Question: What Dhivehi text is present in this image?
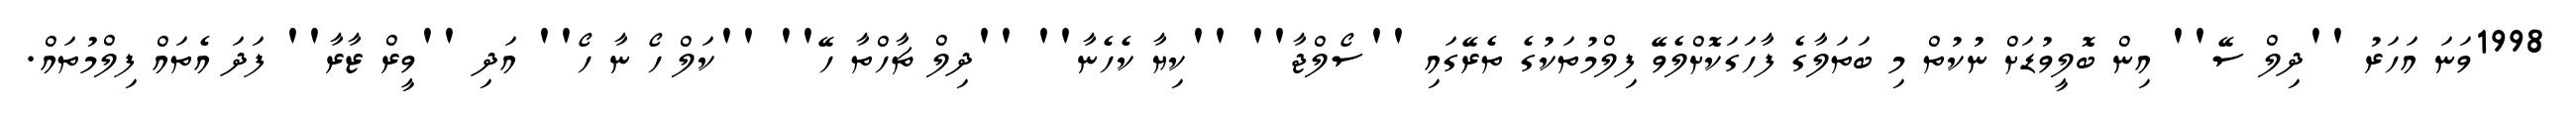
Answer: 1998ވަނަ އަހަރު ''ދިލް ސޭ'' އިން ބޮލީވުޑަށް ނުކުތް މި ބަތަލާގެ ފާހަގަކޮށްލެވޭ ފިލްމުތަކުގެ ތެރޭގައި ''ސޯލްޖާ'' ''ކިޔާ ކެހެނާ'' ''ދިލް ޗާހްތާ ހޭ'' ''ކަލް ހޯ ނާ ހޯ'' އަދި ''ވީރް ޒާރާ'' ފަދަ އެތައް ފިލްމުތައް.